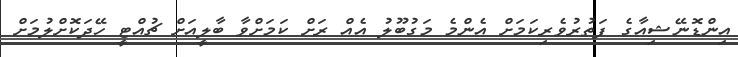
އިންޑޮނޭޝިއާގެ ފަތުރުވެރިކަމަށް އެންމެ މަގުބޫލު އެއް ރަށް ކަމަށްވާ ބާލީއަށް ޗުއްޓީ ހޭދަކޮށްލުމަށް